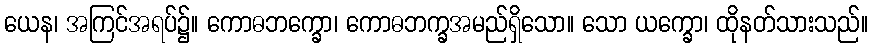
ယေန၊ အကြင်အရပ်၌။ ကောဓဘက္ခော၊ ကောဓဘက္ခအမည်ရှိသော။ သော ယက္ခော၊ ထိုနတ်သားသည်။